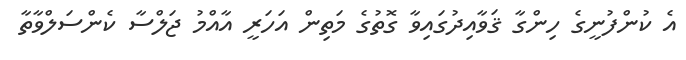
އެ ކުންފުނީގެ ހިންގާ ޤަވާއިދުގައިވާ ގޮތުގެ މަތިން އަހަރީ އާއްމު ޖަލްސާ ކެންސަލްވާތާ